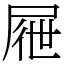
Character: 屜